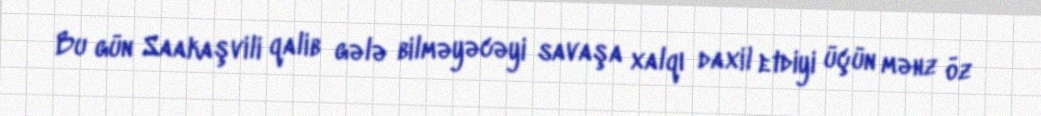
Bu gün Saakaşvili qalib gələ bilməyəcəyi savaşa xalqı daxil etdiyi üçün məhz öz